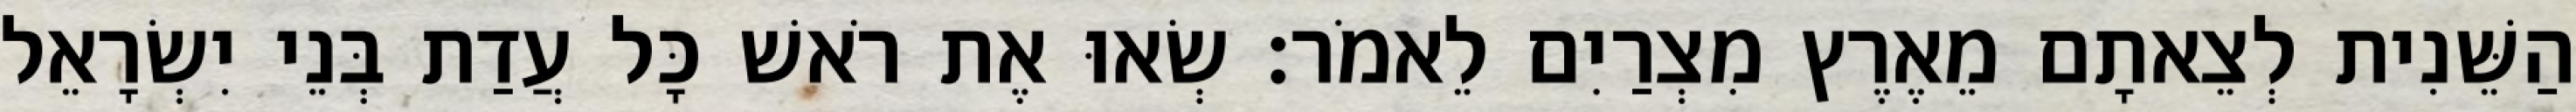
הַשֵּׁנִית לְצֵאתָם מֵאֶרֶץ מִצְרַיִם לֵאמֹר׃ שְׂאוּ אֶת רֹאשׁ כָּל עֲדַת בְּנֵי יִשְׂרָאֵל